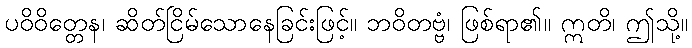
ပဝိဝိတ္တေန၊ ဆိတ်ငြိမ်သောနေခြင်းဖြင့်။ ဘဝိတဗ္ဗံ၊ ဖြစ်ရာ၏။ ဣတိ၊ ဤသို့။